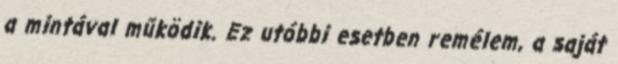
a mintával működik. Ez utóbbi esetben remélem, a saját